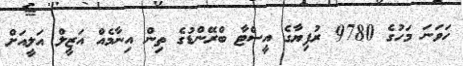
ހަވަނަ މަހުގެ 9780 ރުފިޔާގެ އީސްޓާ ބްރޭންޑުގެ ތިން އިނާމެއް އަޒީލް އަލީއަށް